Specificity of antivenomous sera - Number 5
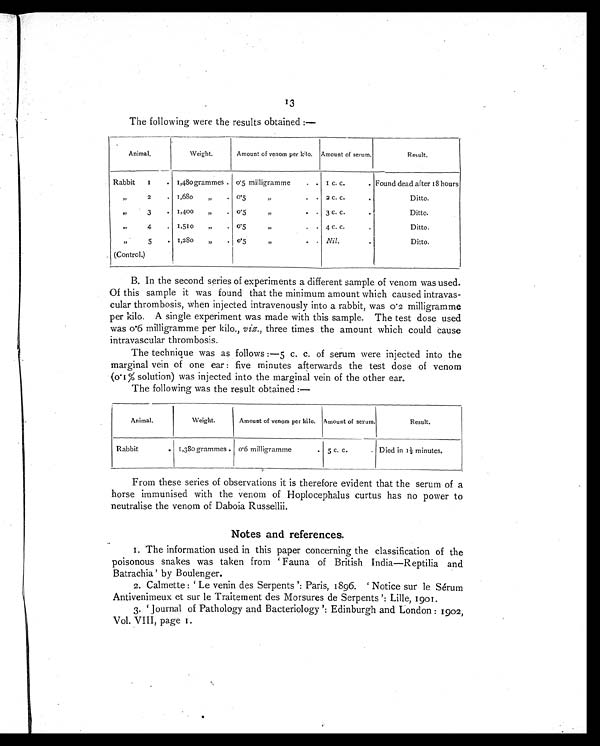
13
The following were the results obtained :—
Animal.
Weight.
Amount of venom per kilo. Amount of serum.
Result.
Rabbit
1
. 1,480 grammes .
0.5 milligramme
. . 1 c. c.
Found dead after 18 hours
,,
2
. 1,680
„
.
0.5
„
. . 2 c. c.
Ditto.
,,
3
. 1,400
„
. 0.5
„
. .
3 c. c.
Ditto.
,,
4
. 1,510
„
. 0.5
„
. . 4 c. c.
Ditto.
,,
5
.
(Control.)
1,28o
„
. 0.5
„
. . Nil.
.
Ditto.
B. In the second series of experiments a different sample of venom was used.
Of this sample it was found that the minimum amount which caused intravas-
cular thrombosis, when injected intravenously into a rabbit, was 0.2 milligramme
per kilo. A single experiment was made with this sample. The test dose used
was 0.6 milligramme per kilo., viz. , three times the amount which could cause
intravascular thrombosis.
The technique was as follows :—5 c. c. of serum were injected into the
marginal vein of one ear : five minutes afterwards the test dose of venom
(0.1% solution) was injected into the marginal vein of the other ear.
The following was the result obtained :—
Animal.
Weight.
Amount of venom per kilo. Amount of serum.
Result.
Rabbit
. 1,380 grammes . 0.6 milligramme
. 5 c. c.
. Died in 1½ minutes.
From these series of observations it is therefore evident that the serum of a
horse immunised with the venom of Hoplocephalus curtus has no power to
neutralise the venom of Daboia Russellii.
Notes and references.
1. The information used in this paper concerning the classification of the
poisonous snakes was taken from ' Fauna of British India—Reptilia and
Batrachia' by Boulenger.
2. Calmette : ' Le venin des Serpents ': Paris, 1896. ' Notice sur le Sérum
Antivenimeux et sur le Traitement des Morsures de Serpents ': Lille, 1901.
3.
' Journal of Pathology and Bacteriology ': Edinburgh and London : 1902,
Vol. VIII, page 1.